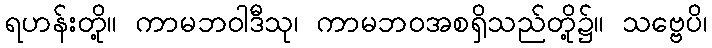
ရဟန်းတို့။ ကာမဘဝါဒီသု၊ ကာမဘဝအစရှိသည်တို့၌။ သဗ္ဗေပိ၊